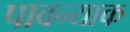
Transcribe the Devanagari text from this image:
पावन्याक